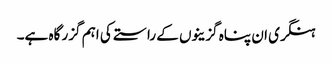
ہنگری ان پناہ گزینوں کے راستے کی اہم گزر گاہ ہے۔